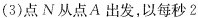
(3)点N从点A出发，以每秒2